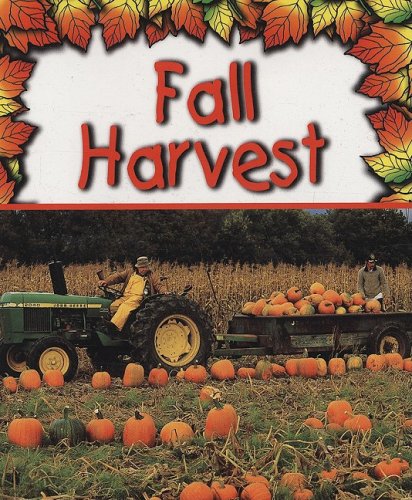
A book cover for Fall Harvest (Preparing for Winter); PhD, Gail Saunders-Smith; Children's Books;